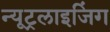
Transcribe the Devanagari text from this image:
न्यूट्रलाइजिंग